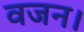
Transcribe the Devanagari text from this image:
वजन।